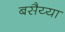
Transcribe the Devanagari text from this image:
बसैय्या